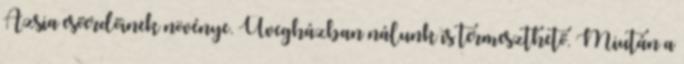
Ázsia esőerdőinek növénye. Üvegházban nálunk is termeszthető. Miután a